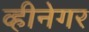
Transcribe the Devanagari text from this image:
व्हीनेगर